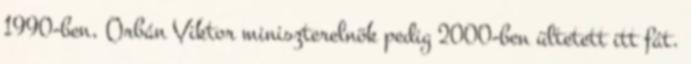
1990-ben, Orbán Viktor miniszterelnök pedig 2000-ben ültetett itt fát.